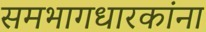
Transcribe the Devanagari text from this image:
समभागधारकांना